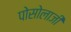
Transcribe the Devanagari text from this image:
पोसोलाजी